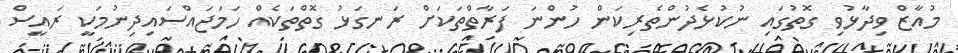
މުއާޒް ވިދާޅުވި ގޮތުގައި ނުކުޅެދުންތެރިކަން ހުންނަ ފަރާތްތަކަށް ރަނގަޅު ގޮތްތަކެއް ހަމަޖައްސައިދިނުމަކީ ރައީސް